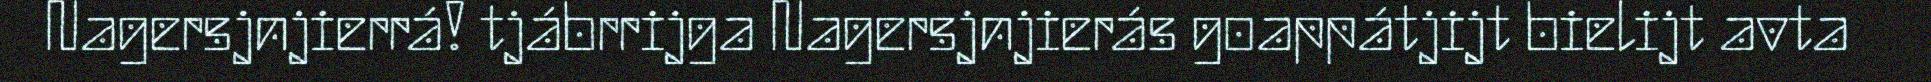
Nagersjnjierrá! tjábrrijga Nagersjnjierás goappátjijt bielijt avta